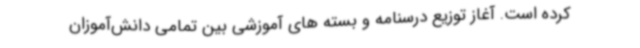
کرده است. آغاز توزیع درسنامه و بسته های آموزشی بین تمامی دانش‌آموزان